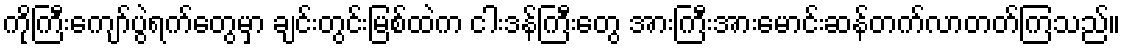
ကိုကြီးကျော်ပွဲရက်တွေမှာ ချင်းတွင်းမြစ်ထဲက ငါးဒန်ကြီးတွေ အားကြီးအားမောင်းဆန်တက်လာတတ်ကြသည်။